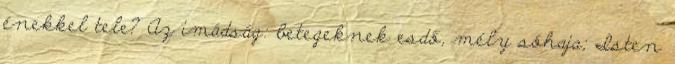
énekkel tele? Az imádság: betegeknek esdő, mély sóhaja; Isten